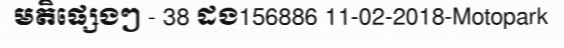
មតិផ្សេងៗ - 38 ដង156886 11-02-2018-Motopark